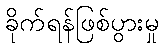
ခိုက်ရန်ဖြစ်ပွားမှု